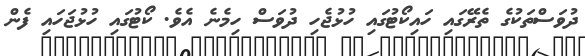
ދުވަސްތަކުގެ ތެރޭގައި ހައިކޯޓުގައި ހުޅުޖެހި ދުވަސް ހިމެނެ އެވެ. ކޯޓުގައި ހުޅުޖަހައި ފެން